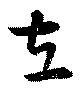
立